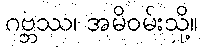
ဂဗ္ဘဿ၊ အမိဝမ်းသို့။